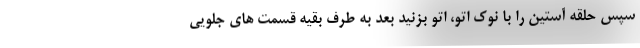
سپس حلقه آستین را با نوک اتو، اتو بزنید بعد به طرف بقیه قسمت های جلویی